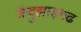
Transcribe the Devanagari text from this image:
केंदुझाड़गढ